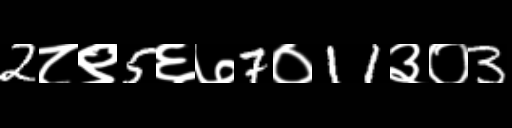
Text: 2८९5६७7०11३०3